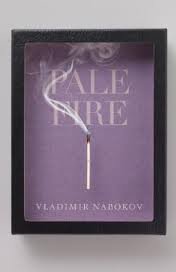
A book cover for Pale Fire Publisher: Vintage; Vladimir Nabokov; Science Fiction & Fantasy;